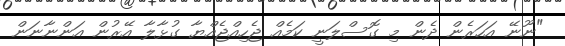
"ނޫނޭ އަހަރެން ދެން މި ގޮސްލަނީ ކަމެއް ޖެހިއްޖެއްޔާ ގުޅާލާ އޭރުން އަންނާނަން